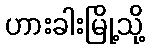
ဟားခါးမြို့သို့